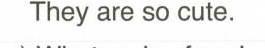
They are so cute.